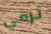
ترمي